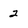
Character: 2